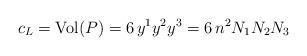
\begin{align*}c_L=\mbox{Vol}(P)=6\, y^1y^2y^3= 6\, n^2 N_1 N_2 N_3\end{align*}